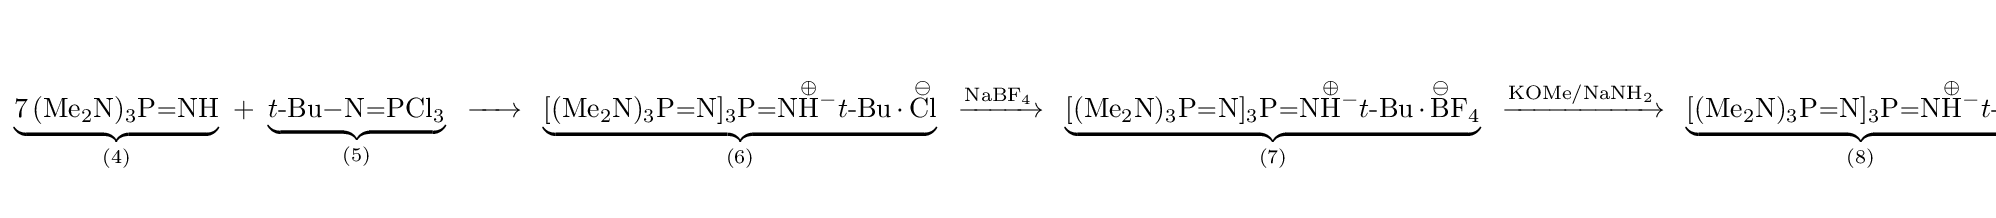
\scriptstyle {\begin{matrix}{}\\\underbrace {\ce {7(Me2N)3P=NH}} _{(4)}\ +\ \underbrace {t{\text{-}}{\ce {Bu-N=PCl3}}} _{(5)}\ {\ce {->}}\ \underbrace {{\ce {[(Me2N)3P=N]3P=N{\overset {\oplus }{H}}-}}t{\text{-}}{\ce {Bu.{\overset {\ominus }{Cl}}}}} _{(6)}\ {\ce {->[{\ce {NaBF4}}]}}\ \underbrace {{\ce {[(Me2N)3P=N]3P=N{\overset {\oplus }{H}}-}}t{\text{-}}{\ce {Bu.{\overset {\ominus }{B}}F4}}} _{(7)}\ {\ce {->[{\ce {KOMe/NaNH2}}]}}\ \underbrace {{\ce {[(Me2N)3P=N]3P=N{\overset {\oplus }{H}}-}}t{\text{-}}{\ce {Bu}}} _{(8)}\\{}\end{matrix}}